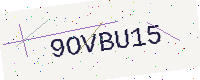
Text: 9OVBU15